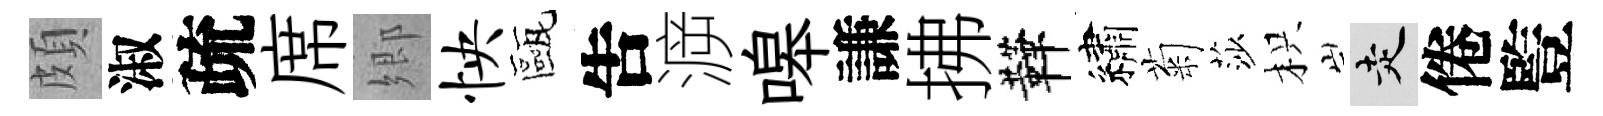
頗淑疏席郷怏甌吿㴑嗥謙拂鞾繡菊莎枳走倦䜿